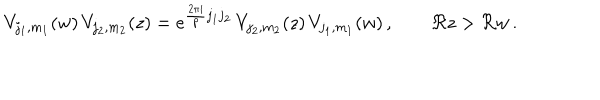
LaTeX: V _ { j _ { 1 } , m _ { 1 } } ( w ) \, V _ { j _ { 2 } , m _ { 2 } } ( z ) = e ^ { \frac { 2 \pi i } { p } j _ { 1 } j _ { 2 } } \, V _ { j _ { 2 } , m _ { 2 } } ( z ) \, V _ { j _ { 1 } , m _ { 1 } } ( w ) \, , \qquad \Re z > \Re w \, .